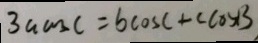
3 a \cos C = b \cos C + c \cos B